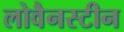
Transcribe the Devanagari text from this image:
लोवैनस्टीन